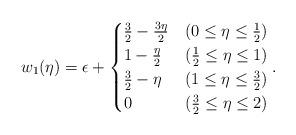
LaTeX: \begin{align*} w_1(\eta) = \epsilon+ \begin{cases} \frac{3}{2}-\frac{3\eta}{2} & (0\leq\eta\leq\frac{1}{2})\\ 1-\frac{\eta}{2} & (\frac{1}{2}\leq\eta\leq 1)\\ \frac{3}{2}-\eta & (1\leq\eta\leq\frac{3}{2})\\ 0 & (\frac{3}{2}\leq\eta\leq 2) \end{cases} .\end{align*}